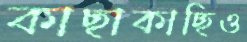
কাছাকাছিও